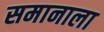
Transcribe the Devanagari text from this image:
समानाला